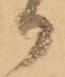
御